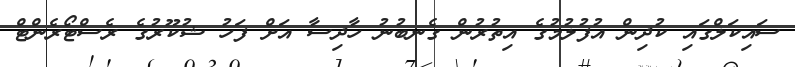
ސައިކަލްގައި ކުދިން އުފުލުމުގެ އިތުރުން ގެނބުނު ހާދިސާ އަށް ފަހު ޝުކޫރުގެ ރެސްޓޯރެންޓް